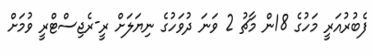
ފެބުރުއަރީ މަހުގެ 18ން މާޗު 2 ވަނަ ދުވަހުގެ ނިޔަލަށް ރީ-ރެޖިސްޓްރީ ވުމަށް